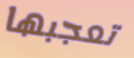
تعجبها